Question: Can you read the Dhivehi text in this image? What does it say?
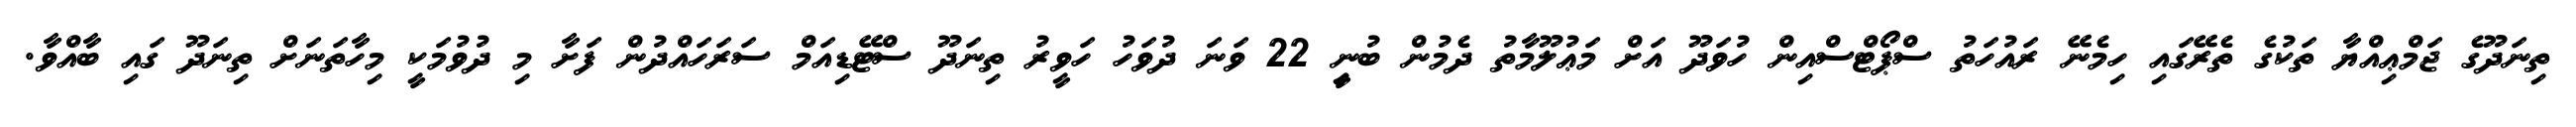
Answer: ތިނަދޫގެ ޖަމްޢިއްޔާ ތަކުގެ ތެރޭގައި ހިމެނޭ ރައުހަތު ސްޕޯޓްސްއިން ހުވަދޫ އަށް މަޢުލޫމާތު ދެމުން ބުނިީ 22 ވަނަ ދުވަހު ހަވީރު ތިނަދޫ ސްޓޭޑިއަމް ސަރަހައްދުން ފަށާ މި ދުވުމަކީ މިހާތަނަށް ތިނަދޫ ގައި ބާއްވާ.